Indian journal of veterinary science and animal husbandry - Volumes 22-23, 1952-1953
Year: 1952
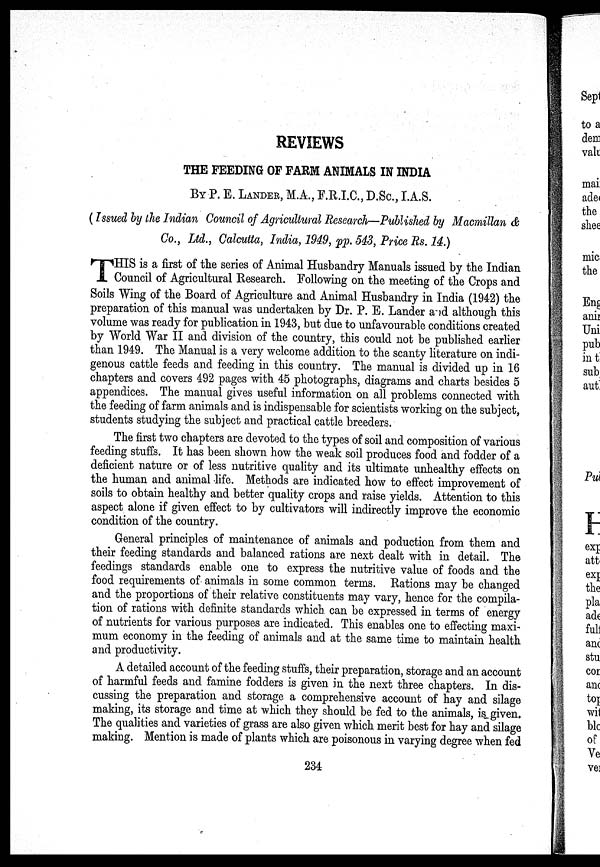
REVIEWS
THE FEEDING OF FARM ANIMALS IN INDIA
BY P. E. LANDER, M.A., F.R.I.C., D.Sc, I.A.S.
(Issued by the Indian Council of Agricultural Research—Published by Macmillan &
Co., Ltd., Calcutta, India, 1949, pp. 543, Price Rs. 14.)
T HIS is a first of the series of Animal Husbandry Manuals issued by the Indian
Council of Agricultural Research. Following on the meeting of the Crops and
Soils Wing of the Board of Agriculture and Animal Husbandry in India (1942) the
preparation of this manual was undertaken by Dr. P. E. Lander and although this
volume was ready for publication in 1943, but due to unfavourable conditions created
by World War II and division of the country, this could not be published earlier
than 1949. The Manual is a very welcome addition to the scanty literature on indi-
genous cattle feeds and feeding in this country. The manual is divided up in 16
chapters and covers 492 pages with 45 photographs, diagrams and charts besides 5
appendices. The manual gives useful information on all problems connected with
the feeding of farm animals and is indispensable for scientists working on the subject,
students studying the subject and practical cattle breeders.
The first two chapters are devoted to the types of soil and composition of various
feeding stuffs. It has been shown how the weak soil produces food and fodder of a
deficient nature or of less nutritive quality and its ultimate unhealthy effects on
the human and animal life. Methods are indicated how to effect improvement of
soils to obtain healthy and better quality crops and raise yields. Attention to this
aspect alone if given effect to by cultivators will indirectly improve the economic
condition of the country.
General principles of maintenance of animals and poduction from them and
their feeding standards and balanced rations are next dealt with in detail. The
feedings standards enable one to express the nutritive value of foods and the
food requirements of animals in some common terms. Rations may be changed
and the proportions of their relative constituents may vary, hence for the compila-
tion of rations with definite standards which can be expressed in terms of energy
of nutrients for various purposes are indicated. This enables one to effecting maxi-
mum economy in the feeding of animals and at the same time to maintain health
and productivity.
A detailed account of the feeding stuffs, their preparation, storage and an account
of harmful feeds and famine fodders is given in the next three chapters. In dis-
cussing the preparation and storage a comprehensive account of hay and silage
making, its storage and time at which they should be fed to the animals, is given.
The qualities and varieties of grass are also given which merit best for hay and silage
making. Mention is made of plants which are poisonous in varying degree when fed
234